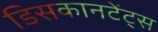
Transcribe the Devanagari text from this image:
डिसकानटेंट्स